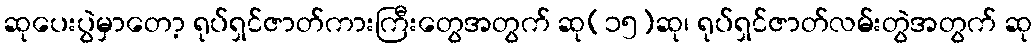
ဆုပေးပွဲမှာတော့ ရုပ်ရှင်ဇာတ်ကားကြီးတွေအတွက် ဆု(၁၅)ဆု၊ ရုပ်ရှင်ဇာတ်လမ်းတွဲအတွက် ဆု